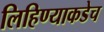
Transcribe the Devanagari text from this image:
लिहिण्याकडेच